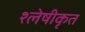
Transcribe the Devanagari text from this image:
श्लेषीकृत